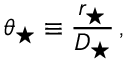
\theta _ { \star } \equiv \frac { r _ { \star } } { D _ { \star } } \, ,